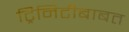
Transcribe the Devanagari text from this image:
ट्रिनिटीबाबत